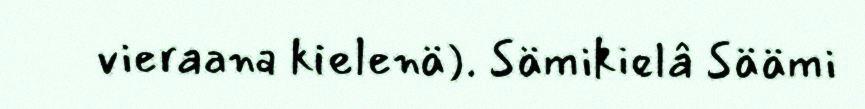
vieraana kielenä). Sämikielâ Säämi